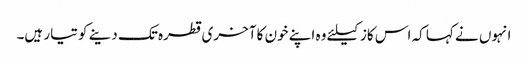
انہوں نے کہا کہ اس کاز کیلئے وہ اپنے خون کا آخری قطرہ تک دینے کو تیار ہیں۔